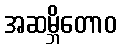
အဆမ္ဘိတောဝ